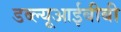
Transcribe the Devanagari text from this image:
डब्ल्यूआईबीबी